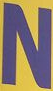
N